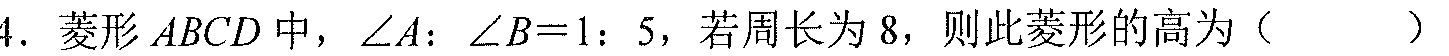
4. 菱形\(ABCD\)中，\(\angle A:\angle B = 1:5\)，若周长为\(8\)，则此菱形的高为（  ）